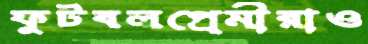
ফুটবলপ্রেমীরাও